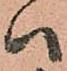
ハ